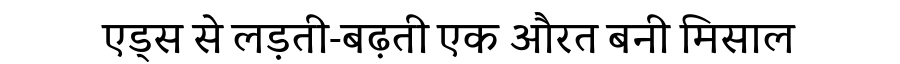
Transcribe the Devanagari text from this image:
एड्स से लड़ती-बढ़ती एक औरत बनी मिसाल